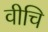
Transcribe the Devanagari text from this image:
वीचि